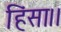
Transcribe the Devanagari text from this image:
हिंसा।।